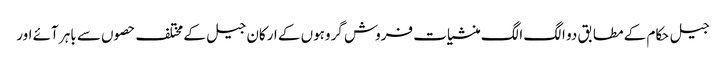
جیل حکام کے مطابق دو الگ الگ منشیات فروش گروہوں کے ارکان جیل کے مختلف حصوں سے باہر آئے اور